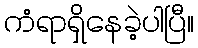
ကံရာရှိနေခဲ့ပါပြီ။